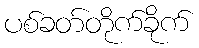
ပစ်ခတ်တိုက်ခိုက်